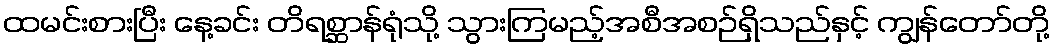
ထမင်းစားပြီး နေ့ခင်း တိရစ္ဆာန်ရုံသို့ သွားကြမည့်အစီအစဉ်ရှိသည်နှင့် ကျွန်တော်တို့